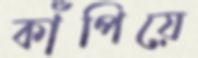
কাঁপিয়ে